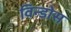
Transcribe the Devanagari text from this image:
विन्डोस